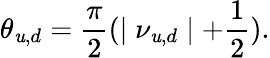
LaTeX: \theta_{\mathit{u},d}=\frac{{\pi}}{{2}}(\mid\nu_{\mathit{u},d}\mid+\frac{{1}}{{2}}).